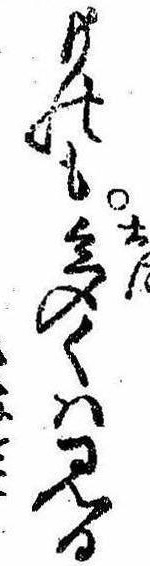
ものも多くは見る